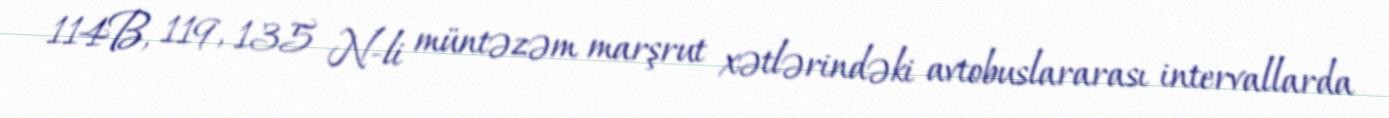
114B, 119, 135 N-li müntəzəm marşrut xətlərindəki avtobuslararası intervallarda